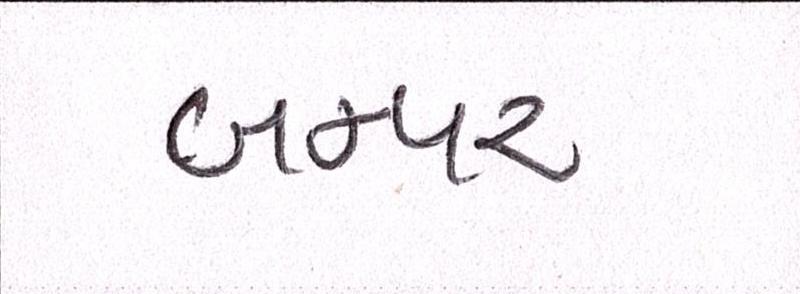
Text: બમ્પર